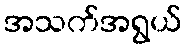
အသက်အရွယ်